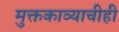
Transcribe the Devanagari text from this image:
मुक्तकाव्याचीही